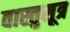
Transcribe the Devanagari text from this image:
वास्तुसूत्र